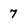
Character: 7